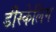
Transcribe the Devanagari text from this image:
डीस्केलिंग